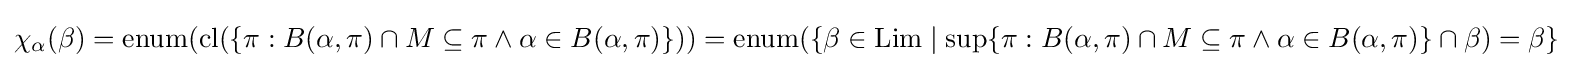
\chi _{\alpha }(\beta )=\operatorname {enum} (\operatorname {cl} (\{\pi :B(\alpha ,\pi )\cap M\subseteq \pi \land \alpha \in B(\alpha ,\pi )\}))=\operatorname {enum} (\{\beta \in \operatorname {Lim} \mid \sup\{\pi :B(\alpha ,\pi )\cap M\subseteq \pi \land \alpha \in B(\alpha ,\pi )\}\cap \beta )=\beta \}